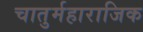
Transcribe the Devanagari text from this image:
चातुर्महाराजिक